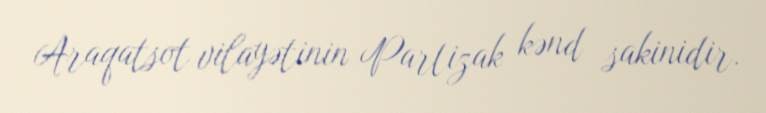
Araqatsot vilayətinin Partizak kənd sakinidir.